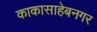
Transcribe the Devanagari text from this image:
काकासाहेबनगर